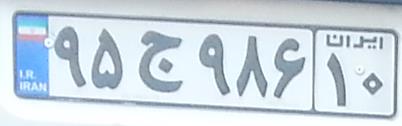
۹۵ج۹۸۶۱۰